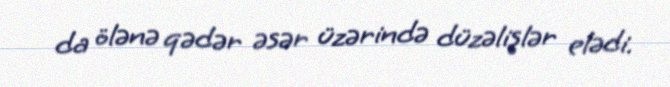
da ölənə qədər əsər üzərində düzəlişlər elədi.